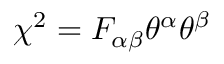
\chi ^ { 2 } = F _ { \alpha \beta } \theta ^ { \alpha } \theta ^ { \beta }